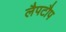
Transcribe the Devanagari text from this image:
लैपटौप